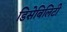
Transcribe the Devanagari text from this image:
डिसेबिलिटी